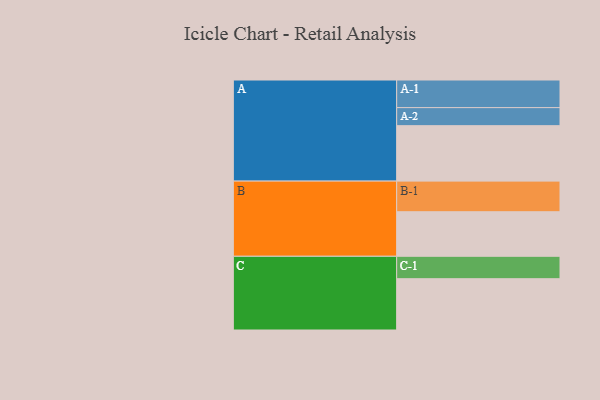
{"axis": {"x": "Segment", "y": "Value"}, "legend": ["", "A", "B", "C"], "data": [{"x": "A", "y": 534, "type": ""}, {"x": "B", "y": 429, "type": ""}, {"x": "C", "y": 494, "type": ""}, {"x": "A-1", "y": 266, "type": "A"}, {"x": "A-2", "y": 174, "type": "A"}, {"x": "B-1", "y": 295, "type": "B"}, {"x": "C-1", "y": 216, "type": "C"}]}